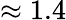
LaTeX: \approx 1.4